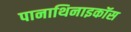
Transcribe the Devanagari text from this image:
पानाथिनाइकॉस